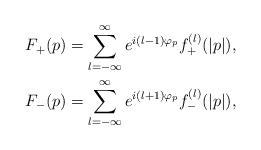
LaTeX: \begin{align*} F_+ (p) = \sum_{l = -\infty}^\infty e^{i(l-1)\varphi_p} f^{(l)}_+ (|p|) ,\\ F_- (p) = \sum_{l = -\infty}^\infty e^{i(l+1)\varphi_p} f^{(l)}_- (|p|) , \end{align*}